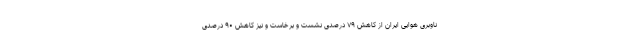
ناوبری هوایی ایران از کاهش ۷۹ درصدی نشست و برخاست و نیز کاهش ۹۰ درصدی